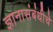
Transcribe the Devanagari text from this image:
ज्ञानासंबंधीचे